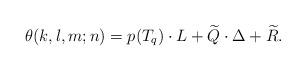
LaTeX: \begin{align*}\theta (k, l, m; n) = p (T_{q}) \cdot L + \widetilde{Q} \cdot \Delta + \widetilde{R}. \end{align*}